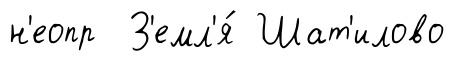
н'еопр З'емл'я́ Шат'илово